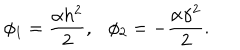
LaTeX: \phi _ { 1 } = \frac { \alpha h ^ { 2 } } { 2 } , \phi _ { 2 } = - \frac { \alpha \gamma ^ { 2 } } { 2 } .